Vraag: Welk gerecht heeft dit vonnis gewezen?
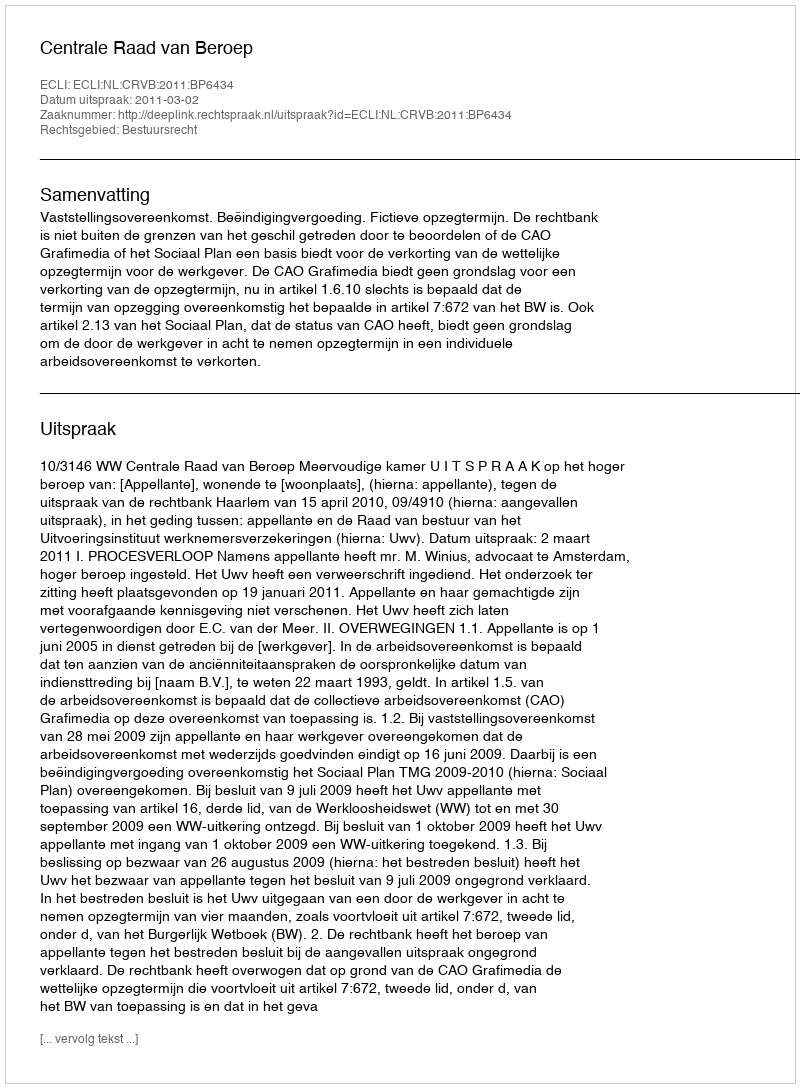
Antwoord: Centrale Raad van Beroep